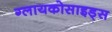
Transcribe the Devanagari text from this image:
ग्लायकोसाइड्‌स